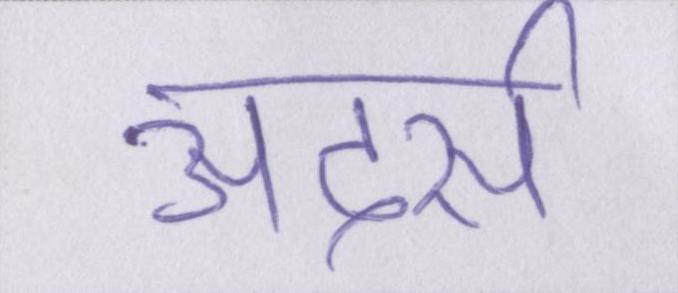
अदर्स